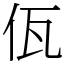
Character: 佤